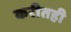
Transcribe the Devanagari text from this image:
करीतही